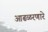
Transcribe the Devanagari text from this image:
आढळरणारे